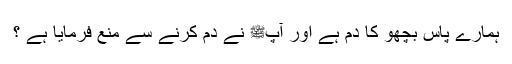
ہمارے پاس بچھو کا دم ہے اور آپﷺ نے دم کرنے سے منع فرمایا ہے ؟